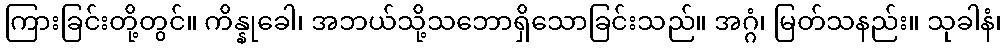
ကြားခြင်းတို့တွင်။ ကိန္နုခေါ၊ အဘယ်သို့သဘောရှိသောခြင်းသည်။ အဂ္ဂံ၊ မြတ်သနည်း။ သုခါနံ၊